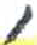
אות: ,